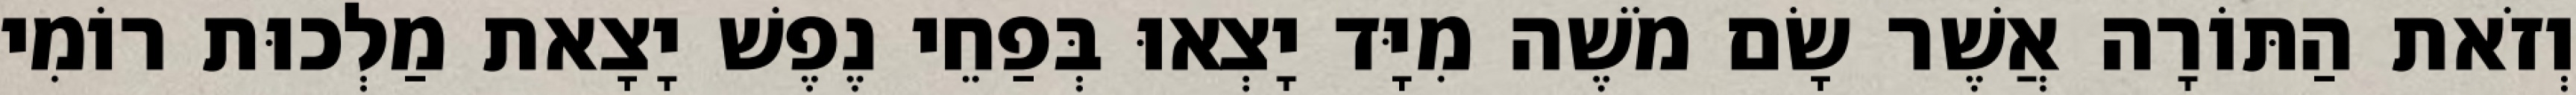
וְזֹאת הַתּוֹרָה אֲשֶׁר שָׂם מֹשֶׁה מִיָּד יָצְאוּ בְּפַחֵי נֶפֶשׁ יָצָאת מַלְכוּת רוֹמִי